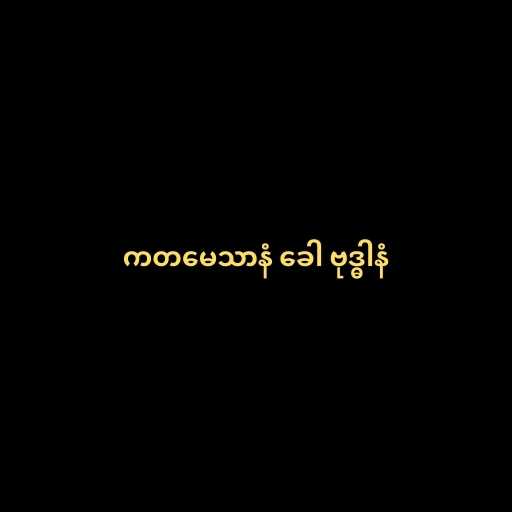
ကတမေသာနံ ခေါ ဗုဒ္ဓါနံ